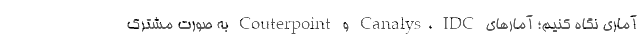
آماری نگاه کنیم؛ آمارهای Canalys، IDC و Couterpoint به صورت مشترک